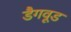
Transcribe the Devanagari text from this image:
डैगवूड